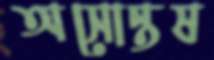
অসোন্তষ